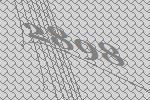
2898